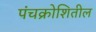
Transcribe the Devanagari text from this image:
पंचक्रोशितील